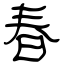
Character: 春